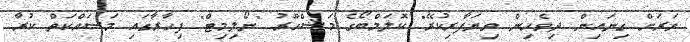
ވަރަށް ގިނައިން ދިވެހިން ވިޔަފާރިކުރޭ" ކޮލަމްބޯގެ މަޝްހޫރު "ނޯލިމިޓް" ފިހާރާގައި މަސައްކަތް ކުރާ